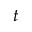
t